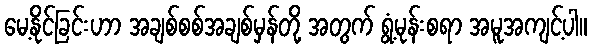
မေ့နိုင်ခြင်းဟာ အချစ်စစ်အချစ်မှန်တို့ အတွက် ရွံ့မုန်းစရာ အမူအကျင့်ပါ။